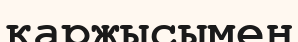
қаржысымен